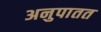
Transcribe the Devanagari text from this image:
अनुपातत